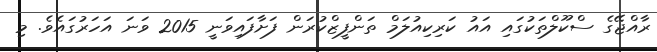
ރާއްޖޭގެ ސްކޫލްތަކުގައި އައު ކަރިކިއުލަމް ތަންފީޒްކުރަން ފަށާފައިވަނީ 2015 ވަނަ އަހަރުގައެވެ. މި